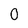
Character: 0